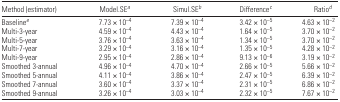
<table><thead><tr><td><b>Method (estimator)</b></td><td><b>Model.SEa</b></td><td><b>Simul.SEb</b></td><td><b>Differencec</b></td><td><b>Ratiod</b></td></tr></thead><tbody><tr><td>Baselinee</td><td>7.73 × 10<sup>−4</sup></td><td>7.39 × 10<sup>−4</sup></td><td>3.42 × 10<sup>−5</sup></td><td>4.63 × 10<sup>−2</sup></td></tr><tr><td>Multi-3-year</td><td>4.59 × 10<sup>−4</sup></td><td>4.43 × 10<sup>−4</sup></td><td>1.64 × 10<sup>−5</sup></td><td>3.70 × 10<sup>−2</sup></td></tr><tr><td>Multi-5-year</td><td>3.76 × 10<sup>−4</sup></td><td>3.63 × 10<sup>−4</sup></td><td>1.34 × 10<sup>−5</sup></td><td>3.70 × 10<sup>−2</sup></td></tr><tr><td>Multi-7-year</td><td>3.29 × 10<sup>−4</sup></td><td>3.16 × 10<sup>−4</sup></td><td>1.35 × 10<sup>−5</sup></td><td>4.28 × 10<sup>−2</sup></td></tr><tr><td>Multi-9-year</td><td>2.95 × 10<sup>−4</sup></td><td>2.86 × 10<sup>−4</sup></td><td>9.13 × 10<sup>−6</sup></td><td>3.19 × 10<sup>−2</sup></td></tr><tr><td>Smoothed 3-annual</td><td>4.96 × 10<sup>−4</sup></td><td>4.70 × 10<sup>−4</sup></td><td>2.66 × 10<sup>−5</sup></td><td>5.66 × 10<sup>−2</sup></td></tr><tr><td>Smoothed 5-annual</td><td>4.11 × 10<sup>−4</sup></td><td>3.86 × 10<sup>−4</sup></td><td>2.47 × 10<sup>−5</sup></td><td>6.39 × 10<sup>−2</sup></td></tr><tr><td>Smoothed 7-annual</td><td>3.60 × 10<sup>−4</sup></td><td>3.37 × 10<sup>−4</sup></td><td>2.31 × 10<sup>−5</sup></td><td>6.86 × 10<sup>−2</sup></td></tr><tr><td>Smoothed 9-annual</td><td>3.26 × 10<sup>−4</sup></td><td>3.03 × 10<sup>−4</sup></td><td>2.32 × 10<sup>−5</sup></td><td>7.67 × 10<sup>−2</sup></td></tr></tbody></table>